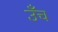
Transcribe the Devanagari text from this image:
उँच